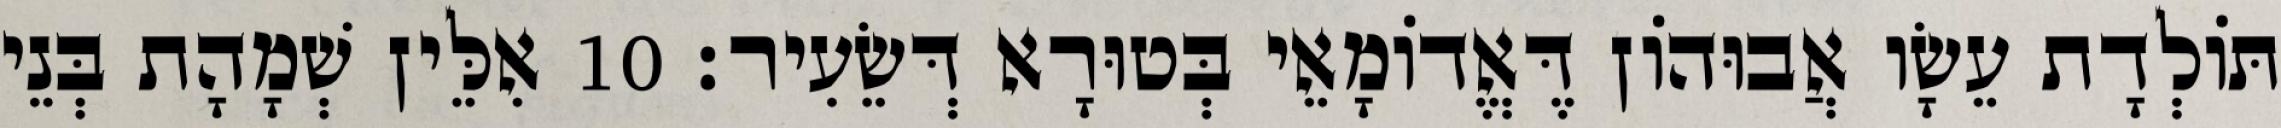
תּוֹלְדָת עֵשָׂו אֲבוּהוֹן דֶּאֱדוֹמָאֵי בְּטוּרָא דְּשֵׂעִיר׃ 10 אִלֵּין שְׁמָהָת בְּנֵי